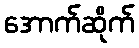
အောက်ဆိုက်